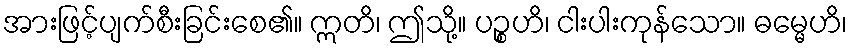
အားဖြင့်ပျက်စီးခြင်းစေ၏။ ဣတိ၊ ဤသို့။ ပဉ္စဟိ၊ ငါးပါးကုန်သော။ ဓမ္မေဟိ၊